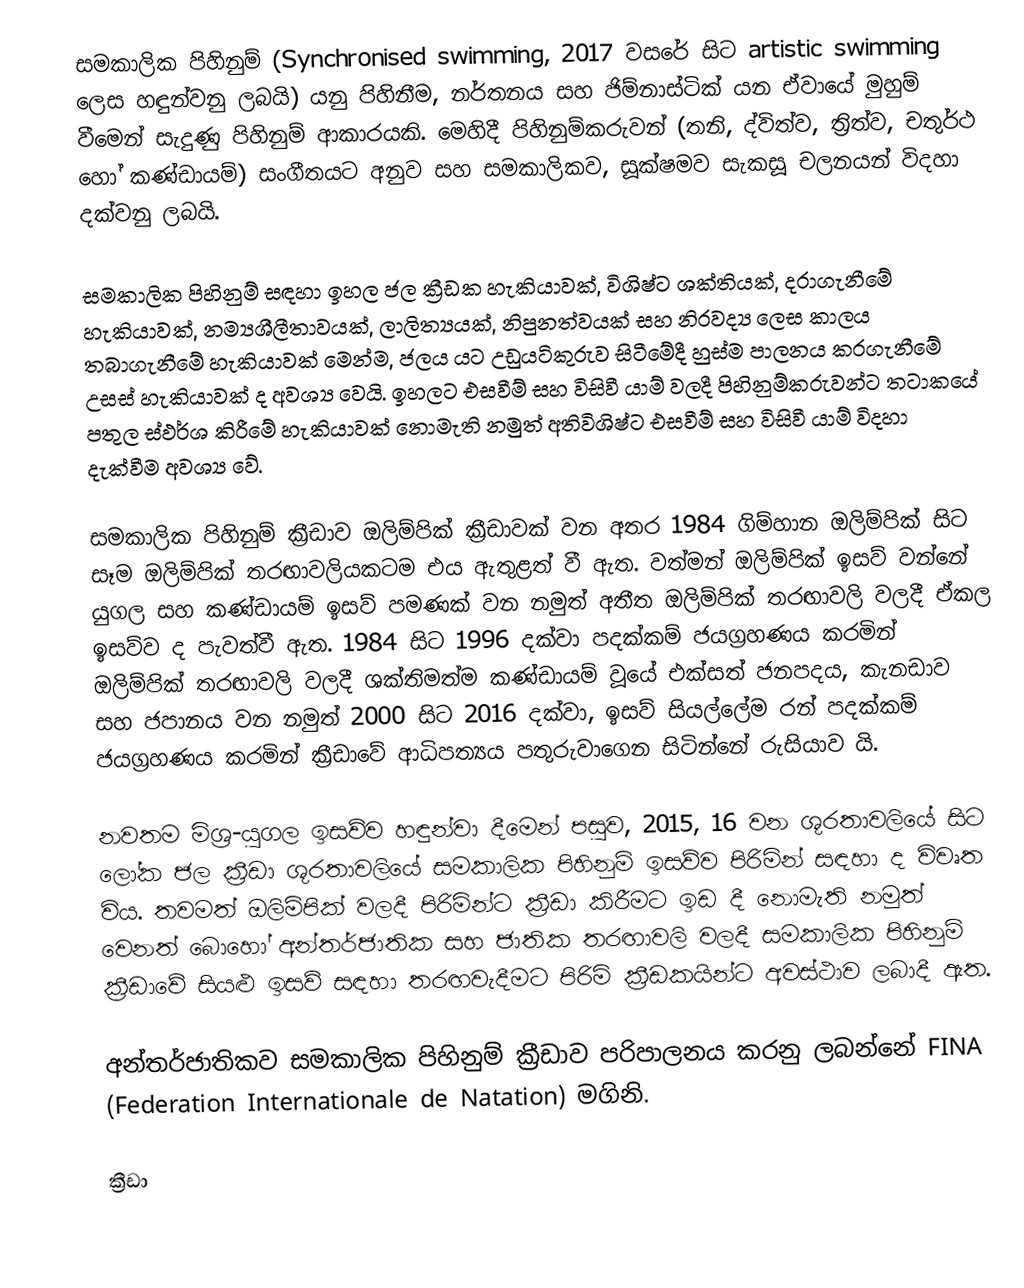
සමකාලික පිහිනුම් (Synchronised swimming, 2017 වසරේ සිට artistic swimming ලෙස හඳුන්වනු ලබයි) යනු පිහිනීම, නර්තනය සහ ජිම්නාස්ටික් යන ඒවායේ මුහුම් වීමෙන් සැදුණු පිහිනුම් ආකාරයකි. මෙහිදී පිහිනුම්කරුවන් (තනි, ද්විත්ව, ත්‍රිත්ව, චතුර්ථ හෝ කණ්ඩායම්) සංගීතයට අනුව සහ සමකාලිකව, සූක්ෂමව සැකසූ චලනයන් විදහා දක්වනු ලබයි.

සමකාලික පිහිනුම් සඳහා ඉහල ජල ක්‍රීඩක හැකියාවක්, විශිෂ්ට ශක්තියක්, දරාගැනීමේ හැකියාවක්, නම්‍යශීලීතාවයක්, ලාලිත්‍යයක්, නිපුනත්වයක් සහ නිරවද්‍ය ලෙස කාලය තබාගැනීමේ හැකියාවක් මෙන්ම, ජලය යට උඩුයටිකුරුව සිටීමේදී හුස්ම පාලනය කරගැනීමේ උසස් හැකියාවක් ද අවශ්‍ය වෙයි. ඉහලට එසවීම් සහ විසිවී යාම් වලදී පිහිනුම්කරුවන්ට තටාකයේ පතුල ස්ඵර්ශ කිරීමේ හැකියාවක් නොමැති නමුත් අතිවිශිෂ්ට එසවීම් සහ විසිවී යාම් විදහා දැක්වීම අවශ්‍ය වේ.

සමකාලික පිහිනුම් ක්‍රීඩාව ඔලිම්පික් ක්‍රීඩාවක් වන අතර 1984 ගිම්හාන ඔලිම්පික් සිට සෑම ඔලිම්පික් තරඟාවලියකටම එය ඇතුළත් වී ඇත. වත්මන් ඔලිම්පික් ඉසව් වන්නේ යුගල සහ කණ්ඩායම් ඉසව් පමණක් වන නමුත් අතීත ඔලිම්පික් තරඟාවලි වලදී ඒකල ඉසව්ව ද පැවත්වී ඇත. 1984 සිට 1996 දක්වා පදක්කම් ජයග්‍රහණය කරමින් ඔලිම්පික් තරඟාවලි වලදී ශක්තිමත්ම කණ්ඩායම් වූයේ එක්සත් ජනපදය, කැනඩාව සහ ජපානය වන නමුත් 2000 සිට 2016 දක්වා, ඉසව් සියල්ලේම රන් පදක්කම් ජයග්‍රහණය කරමින් ක්‍රීඩාවේ ආධිපත්‍යය පතුරුවාගෙන සිටින්නේ රුසියාව යි.

නවතම මිශ්‍ර-යුගල ඉසව්ව හඳුන්වා දීමෙන් පසුව, 2015, 16 වන ශූරතාවලියේ සිට ලෝක ජල ක්‍රීඩා ශූරතාවලියේ සමකාලික පිහිනුම් ඉසව්ව පිරිමින් සඳහා ද විවෘත විය. තවමත් ඔලිම්පික් වලදී පිරිමින්ට ක්‍රීඩා කිරීමට ඉඩ දී නොමැති නමුත් වෙනත් බොහෝ අන්තර්ජාතික සහ ජාතික තරඟාවලි වලදී සමකාලික පිහිනුම් ක්‍රීඩාවේ සියළු ඉසව් සඳහා තරඟවැදීමට පිරිමි ක්‍රීඩකයින්ට අවස්ථාව ලබාදී ඇත.

අන්තර්ජාතිකව සමකාලික පිහිනුම් ක්‍රීඩාව පරිපාලනය කරනු ලබන්නේ FINA (Federation Internationale de Natation) මගිනි.

ක්‍රීඩා